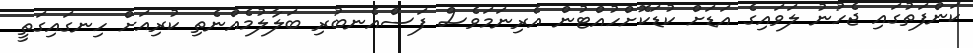
ކަންފަތުގައި ޖެހުނު ލަވައިގެ އަޑަށް ކުޑަކޮށްހުއްޓުން އެރިނަމަވެސް ފަސްއެނބުރި ބަލާލުމެއްނެތި ކުރިއަށް ހިނގައިގަތީ